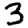
Digit: 3